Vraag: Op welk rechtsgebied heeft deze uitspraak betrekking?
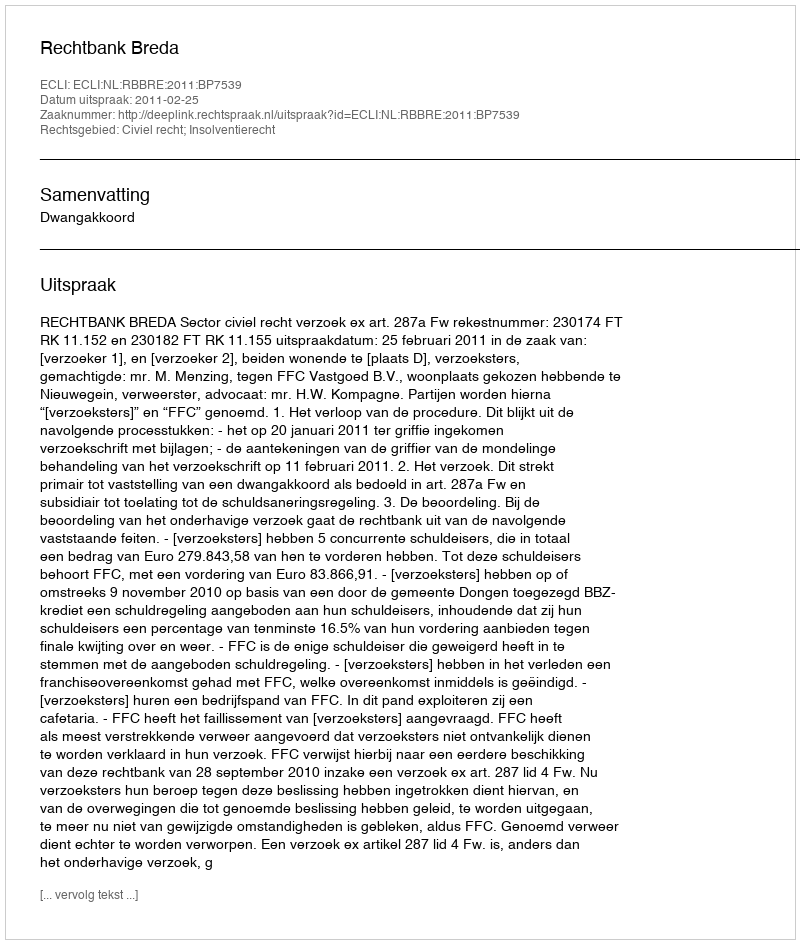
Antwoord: Civiel recht; Insolventierecht